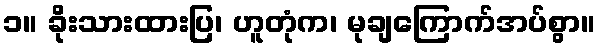
၁။ ခိုးသားထားပြ၊ ဟူတုံက၊ မုချကြောက်အပ်စွာ။